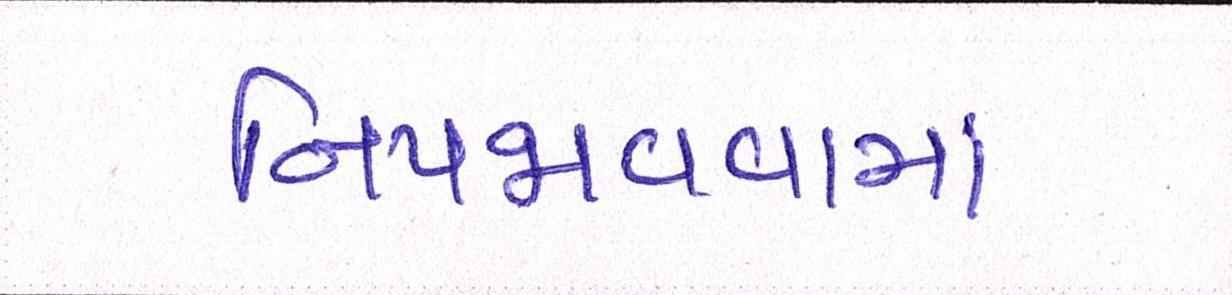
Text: નિપજાવવામાં